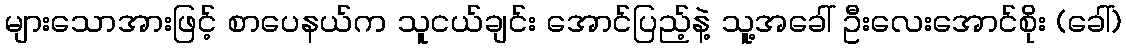
များသောအားဖြင့် စာပေနယ်က သူငယ်ချင်း အောင်ပြည့်နဲ့ သူ့အခေါ် ဦးလေးအောင်စိုး (ခေါ်)